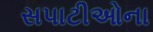
સપાટીઓના